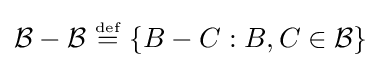
{\mathcal {B}}-{\mathcal {B}}~{\stackrel {\scriptscriptstyle {\text{def}}}{=}}~\{B-C:B,C\in {\mathcal {B}}\}